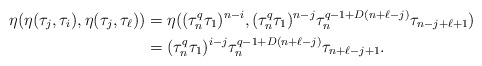
\begin{align*}\eta(\eta(\tau_j, \tau_i),\eta(\tau_j,\tau_\ell))&=\eta((\tau_n^q\tau_1)^{n-i}, (\tau_n^q\tau_1)^{n-j}\tau_n^{q-1+D(n+\ell-j)}\tau_{n-j+\ell+1})\\ &=(\tau_n^q\tau_1)^{i-j}\tau_n^{q-1+D(n+\ell-j)} \tau_{n+\ell-j+1}.\end{align*}